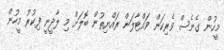
މީހުން ގެނެސް ވެރިކަން ވައްޓާލަން ރައްޔިތުން ބޮލަށް މި ލާދީނީ ފިކުރު މީހުން